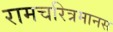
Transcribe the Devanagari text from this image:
रामचरित्रमानस